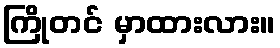
ကြိုတင် မှာထားလား။